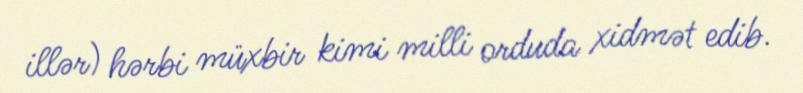
illər) hərbi müxbir kimi milli orduda xidmət edib.